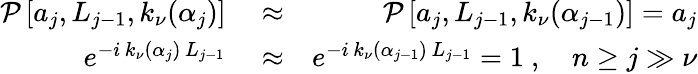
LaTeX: \begin{array}{rlr}{\mathcal{P}\left[a_{j},L_{j-1},k_{\nu}(\alpha_{j})\right]}&{{}\approx}&{\mathcal{P}\left[a_{j},L_{j-1},k_{\nu}(\alpha_{j-1})\right]=a_{j}}\\ {e^{-i\, k_{\nu}(\alpha_{j})\, L_{j-1}}}&{{}\approx}&{e^{-i\, k_{\nu}(\alpha_{j-1})\, L_{j-1}}=1\ ,\quad n\geq j\gg\nu}\end{array}